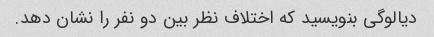
دیالوگی بنویسید که اختلاف نظر بین دو نفر را نشان دهد.